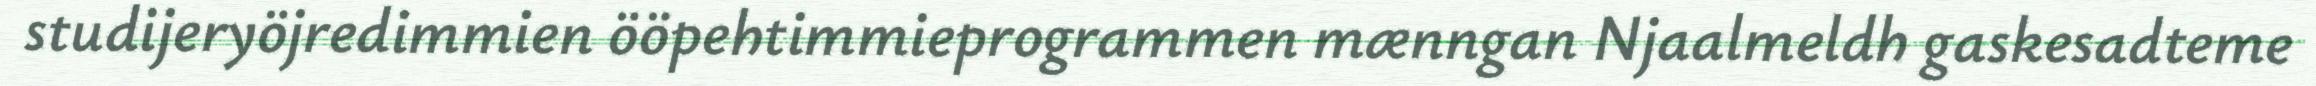
studijeryöjredimmien ööpehtimmieprogrammen mænngan Njaalmeldh gaskesadteme